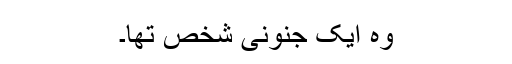
وہ ایک جنونی شخص تھا۔